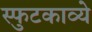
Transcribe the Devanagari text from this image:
स्फुटकाव्ये